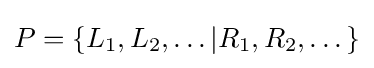
P=\{L_{1},L_{2},\dots |R_{1},R_{2},\dots \}